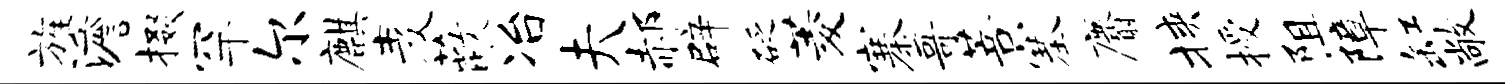
旌澹掇罕尔麒麦蔽冶夫郝辟砭菱寨哥菩塞麝挟授阻障缸敞